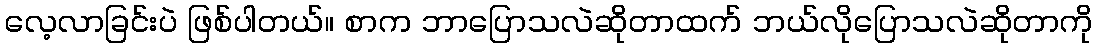
လေ့လာခြင်းပဲ ဖြစ်ပါတယ်။ စာက ဘာပြောသလဲဆိုတာထက် ဘယ်လိုပြောသလဲဆိုတာကို